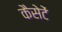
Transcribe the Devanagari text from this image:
कैसेटें